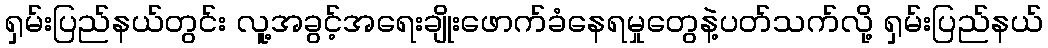
ရှမ်းပြည်နယ်တွင်း လူ့အခွင့်အရေးချိုးဖောက်ခံနေရမှုတွေနဲ့ပတ်သက်လို့ ရှမ်းပြည်နယ်